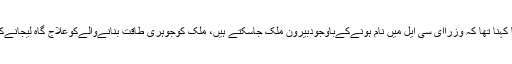
شہبازشریف کا کہنا تھا کہ وزراای سی ایل میں نام ہونےکےباوجودبیرون ملک جاسکتے ہیں، ملک کوجوہری طاقت بنانےوالےکوعلاج گاہ لیجانےکی اجازت نہیں۔